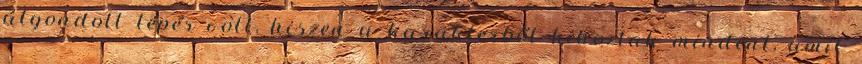
átgondolt lépés volt, hiszen a karakterből kihoztak mindent, amit